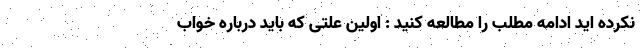
نکرده اید ادامه مطلب را مطالعه کنید : اولین علتی که باید درباره خواب